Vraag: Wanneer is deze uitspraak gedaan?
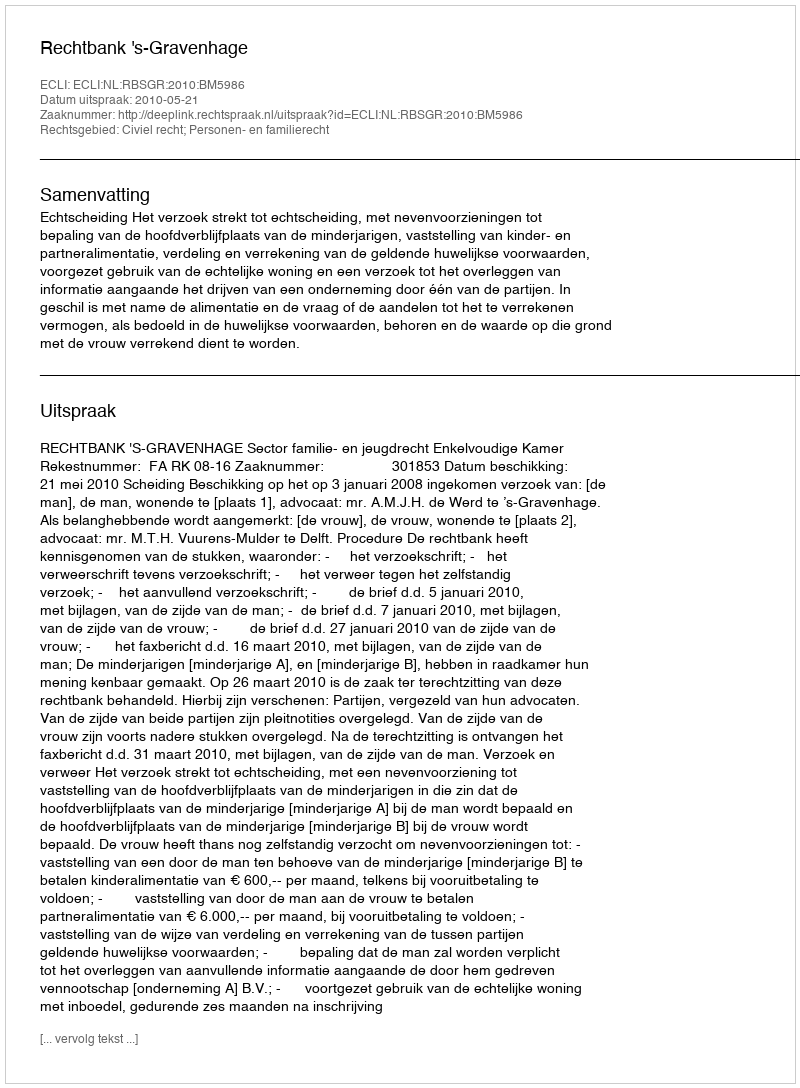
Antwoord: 2010-05-21